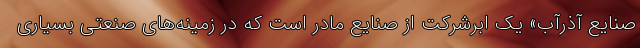
صنایع آذرآب» یک ابرشرکت از صنایع مادر است که در زمینه‌های صنعتی بسیاری